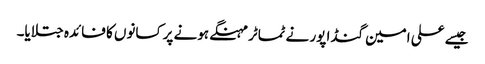
جیسے علی امین گنڈا پور نے ٹماٹر مہنگے ہونے پر کسانوں کا فائدہ جتلایا۔